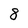
Character: 8